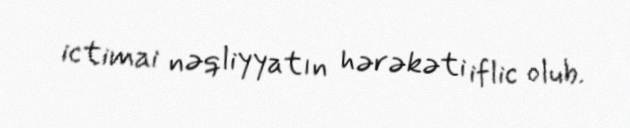
ictimai nəqliyyatın hərəkəti iflic olub.